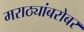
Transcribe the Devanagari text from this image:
मराठ्यांबरोबर